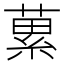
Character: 蔂